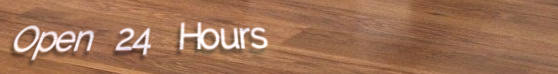
Open 24 Hours